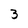
Character: 3